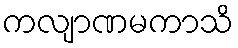
ကလျာဏမကာသိ